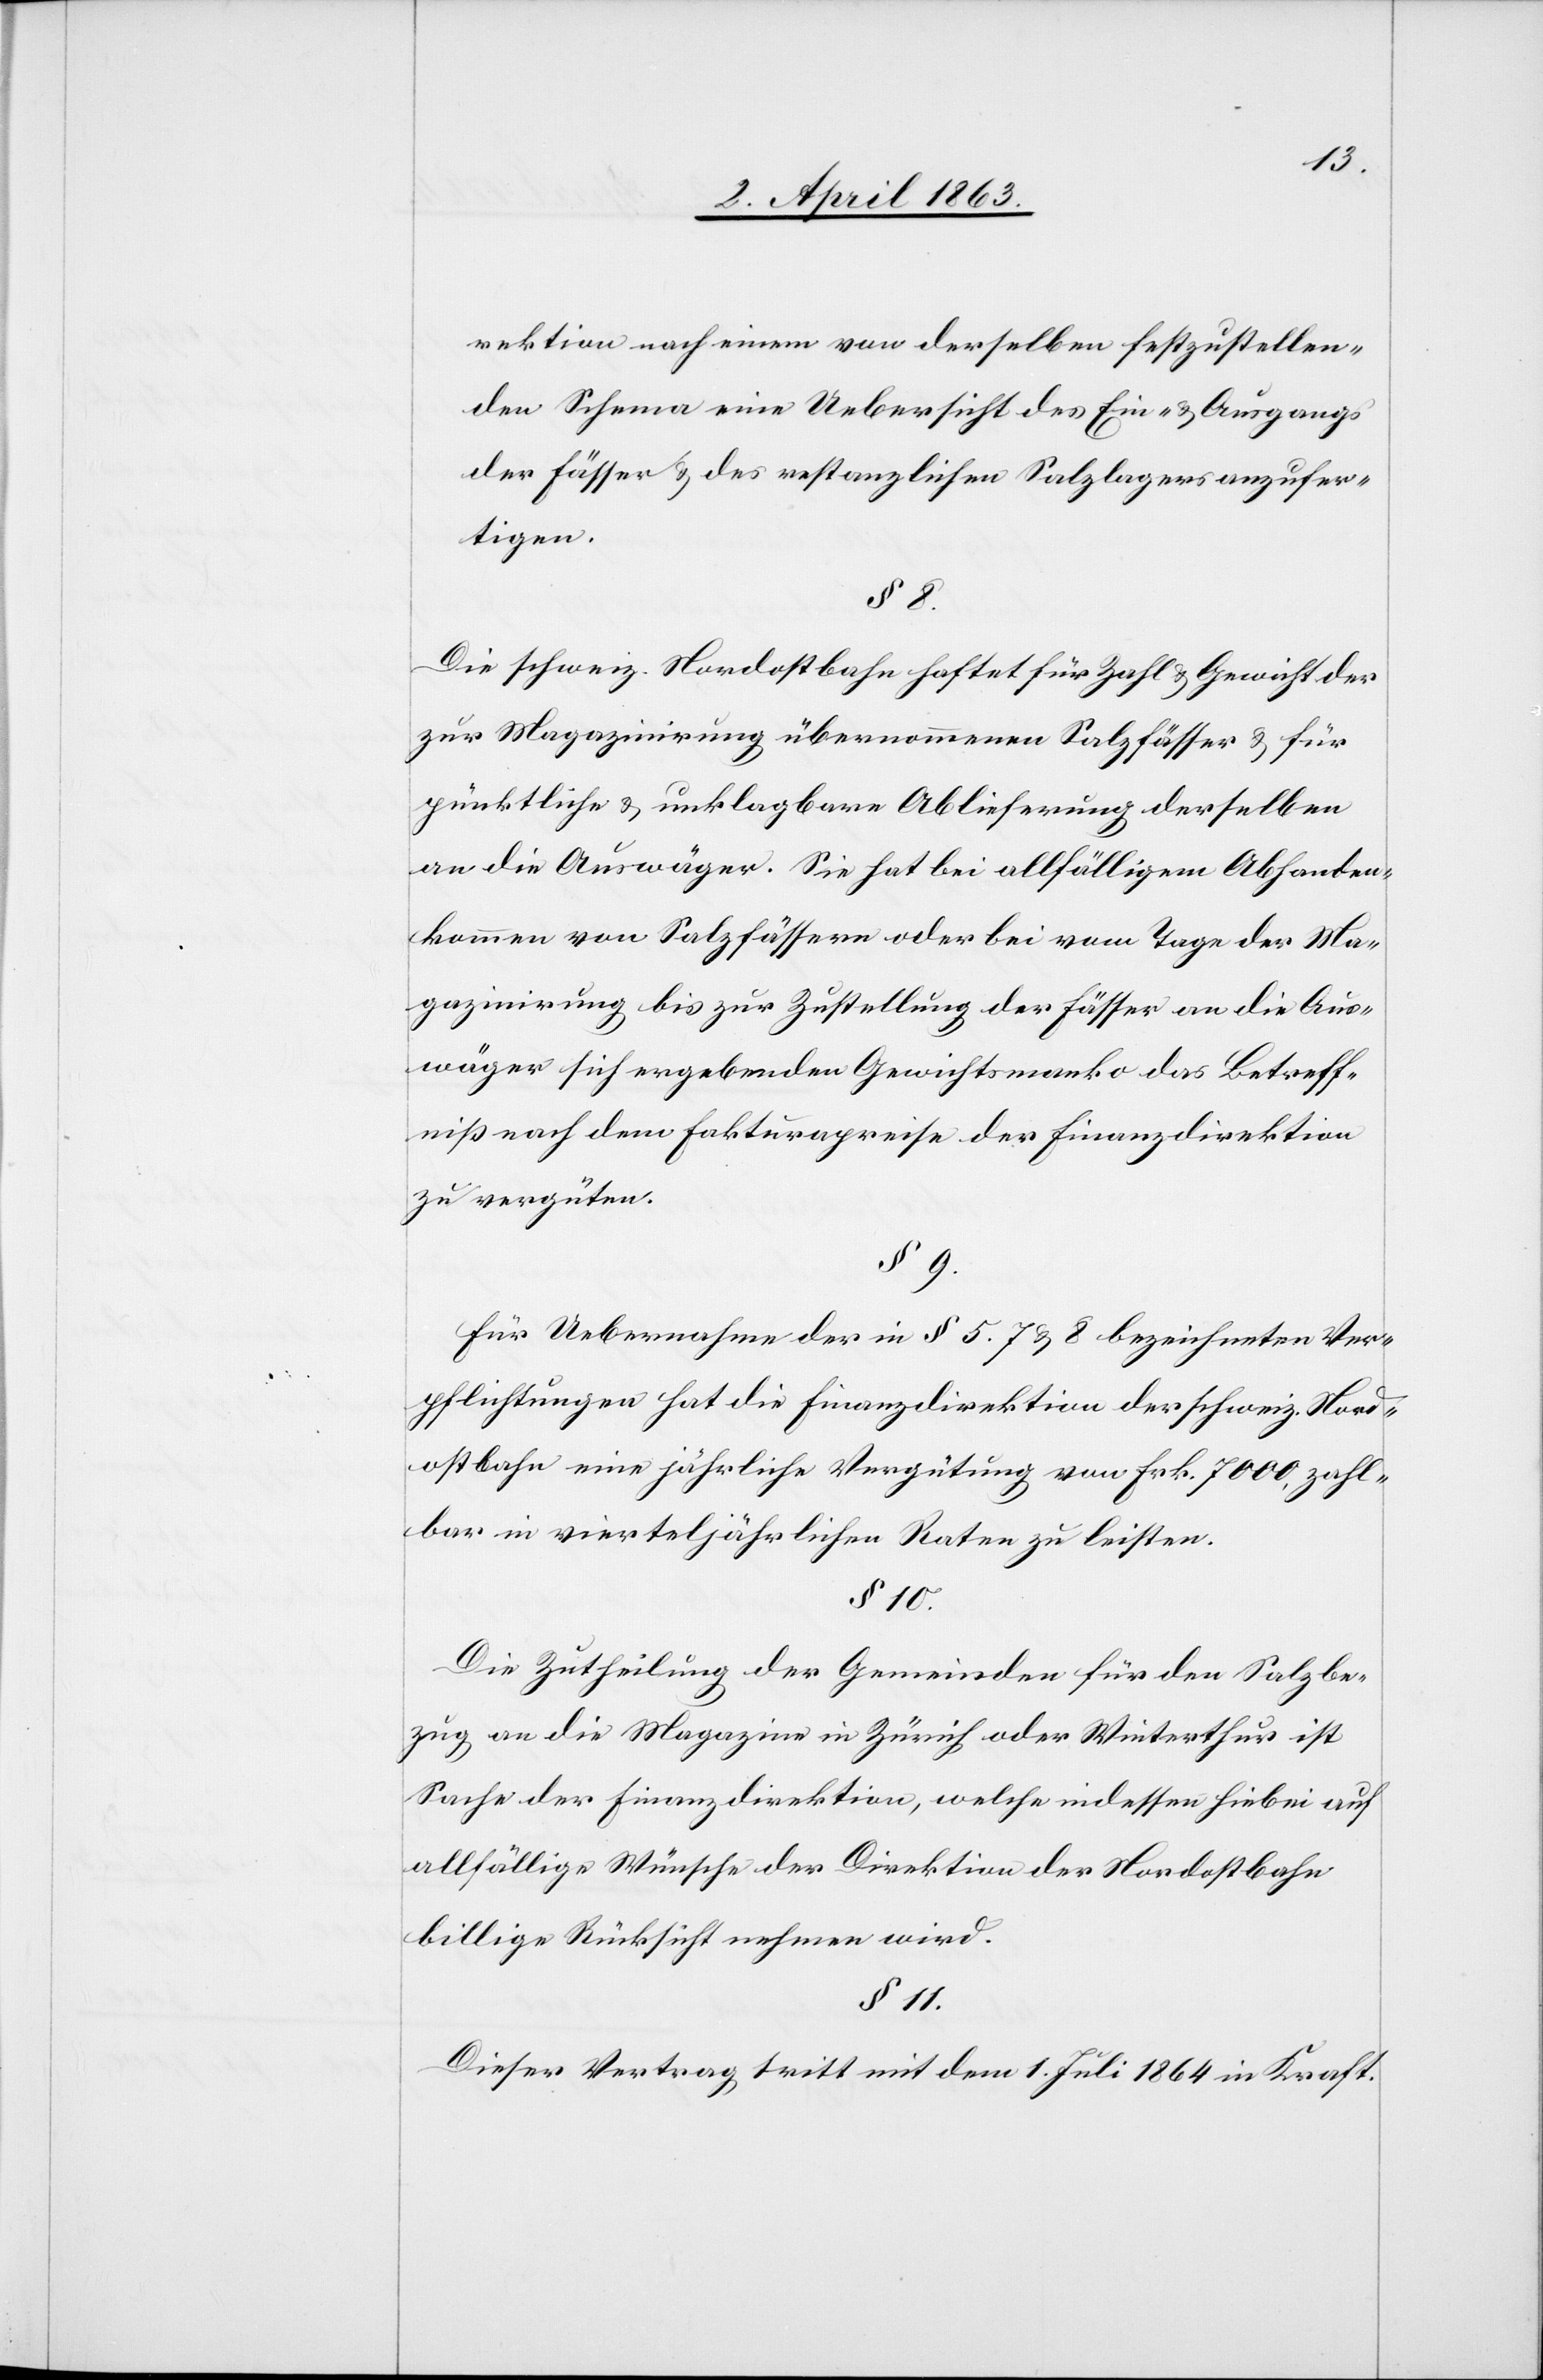
rektion nach einem von derselben festzustellen¬
den Schema eine Uebersicht des Ein- u. Ausgangs
der Fässer u. des restanzlichen Salzlagers anzufer¬
tigen.
§ 8.
Die schweiz. Nordostbahn haftet für Zahl u. Gewicht der
zur Magazinirung übernommenen Salzfässer u. für
pünktliche u. unklagbare Ablieferung derselben
an die Auswäger. Sie hat bei allfälligem Abhanden¬
kommen von Salzfässern oder bei vom Tage der Ma¬
gazinirung bis zur Zustellung der Fässer an die Aus¬
wäger sich ergebenden Gewichtsmanko das Betreff¬
nis nach dem Fakturpreise der Finanzdirektion
zu vergüten.
§ 9.
Für Uebernahme der in § 5.[,] 7 u. 8 bezeichneten Ver¬
pflichtungen hat die Finanzdirektion der schweiz. Nord¬
ostbahn eine jährliche Vergütung von Frk. 7000, zahl¬
bar in vierteljährlichen Raten zu leisten.
§ 10.
Die Zutheilung der Gemeinden für den Salzbe¬
zug an die Magazine in Zürich oder Winterthur ist
Sache der Finanzdirektion, welche indessen hiebei auf
allfällige Wünsche der Direktion der Nordostbahn
billige Rücksicht nehmen wird.
§ 11.
Dieser Vertrag tritt mit dem 1. Juli 1864 in Kraft.